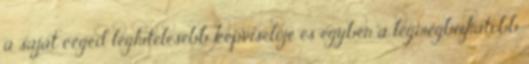
a saját céged leghitelesebb képviselője és egyben a legmegbízhatóbb